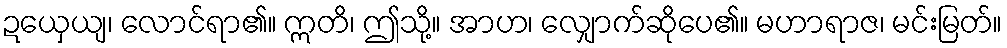
ဍယှေယျ၊ လောင်ရာ၏။ ဣတိ၊ ဤသို့။ အာဟ၊ လျှောက်ဆိုပေ၏။ မဟာရာဇ၊ မင်းမြတ်။